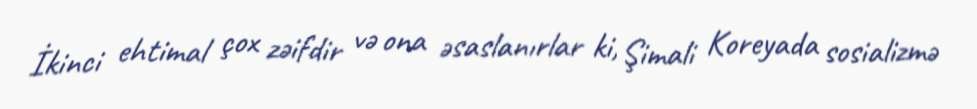
İkinci ehtimal çox zəifdir və ona əsaslanırlar ki, Şimali Koreyada sosializmə